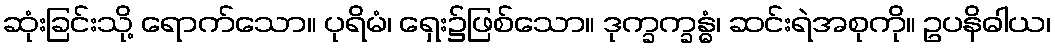
ဆုံးခြင်းသို့ ရောက်သော။ ပုရိမံ၊ ရှေး၌ဖြစ်သော။ ဒုက္ခက္ခန္ဓံ၊ ဆင်းရဲအစုကို။ ဥပနိဓါယ၊